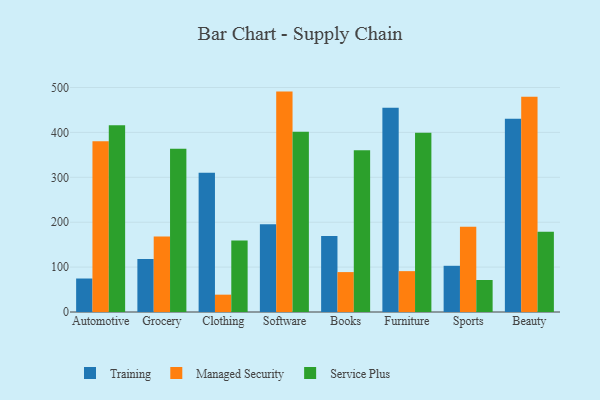
{"axis": {"x": "Category", "y": "Inventory Turnover"}, "legend": ["Managed Security", "Service Plus", "Training"], "data": [{"x": "Automotive", "y": 74.6, "type": "Training"}, {"x": "Automotive", "y": 380.1, "type": "Managed Security"}, {"x": "Automotive", "y": 415.7, "type": "Service Plus"}, {"x": "Grocery", "y": 117.8, "type": "Training"}, {"x": "Grocery", "y": 168.3, "type": "Managed Security"}, {"x": "Grocery", "y": 363.5, "type": "Service Plus"}, {"x": "Clothing", "y": 310.1, "type": "Training"}, {"x": "Clothing", "y": 38.6, "type": "Managed Security"}, {"x": "Clothing", "y": 159.2, "type": "Service Plus"}, {"x": "Software", "y": 195.2, "type": "Training"}, {"x": "Software", "y": 490.9, "type": "Managed Security"}, {"x": "Software", "y": 401.3, "type": "Service Plus"}, {"x": "Books", "y": 169.5, "type": "Training"}, {"x": "Books", "y": 88.9, "type": "Managed Security"}, {"x": "Books", "y": 360.2, "type": "Service Plus"}, {"x": "Furniture", "y": 455.2, "type": "Training"}, {"x": "Furniture", "y": 91.0, "type": "Managed Security"}, {"x": "Furniture", "y": 399.5, "type": "Service Plus"}, {"x": "Sports", "y": 102.9, "type": "Training"}, {"x": "Sports", "y": 189.7, "type": "Managed Security"}, {"x": "Sports", "y": 71.3, "type": "Service Plus"}, {"x": "Beauty", "y": 430.6, "type": "Training"}, {"x": "Beauty", "y": 479.4, "type": "Managed Security"}, {"x": "Beauty", "y": 178.7, "type": "Service Plus"}]}